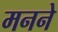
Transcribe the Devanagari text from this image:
मनने